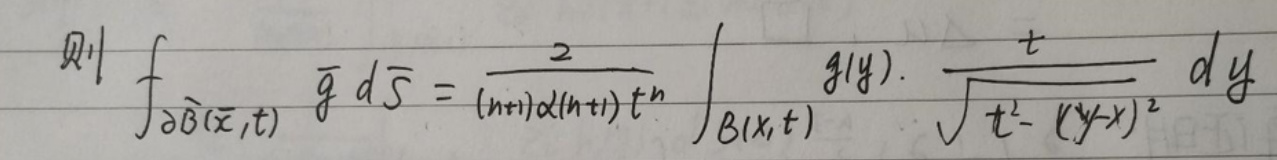
则$ \oint_{\partial \widehat{B}(\overline{x},t)} \overline{g} \, d\overline{s} = \frac{2}{(n + 1)\alpha(n + 1)t^n} \int_{B(x,t)} g(y) \cdot \frac{t}{\sqrt{t^2 - (y - x)^2}} \, dy$